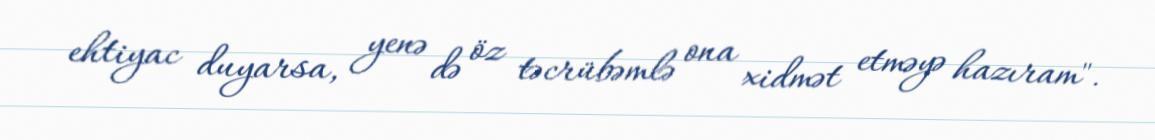
ehtiyac duyarsa, yenə də öz təcrübəmlə ona xidmət etməyə hazıram".